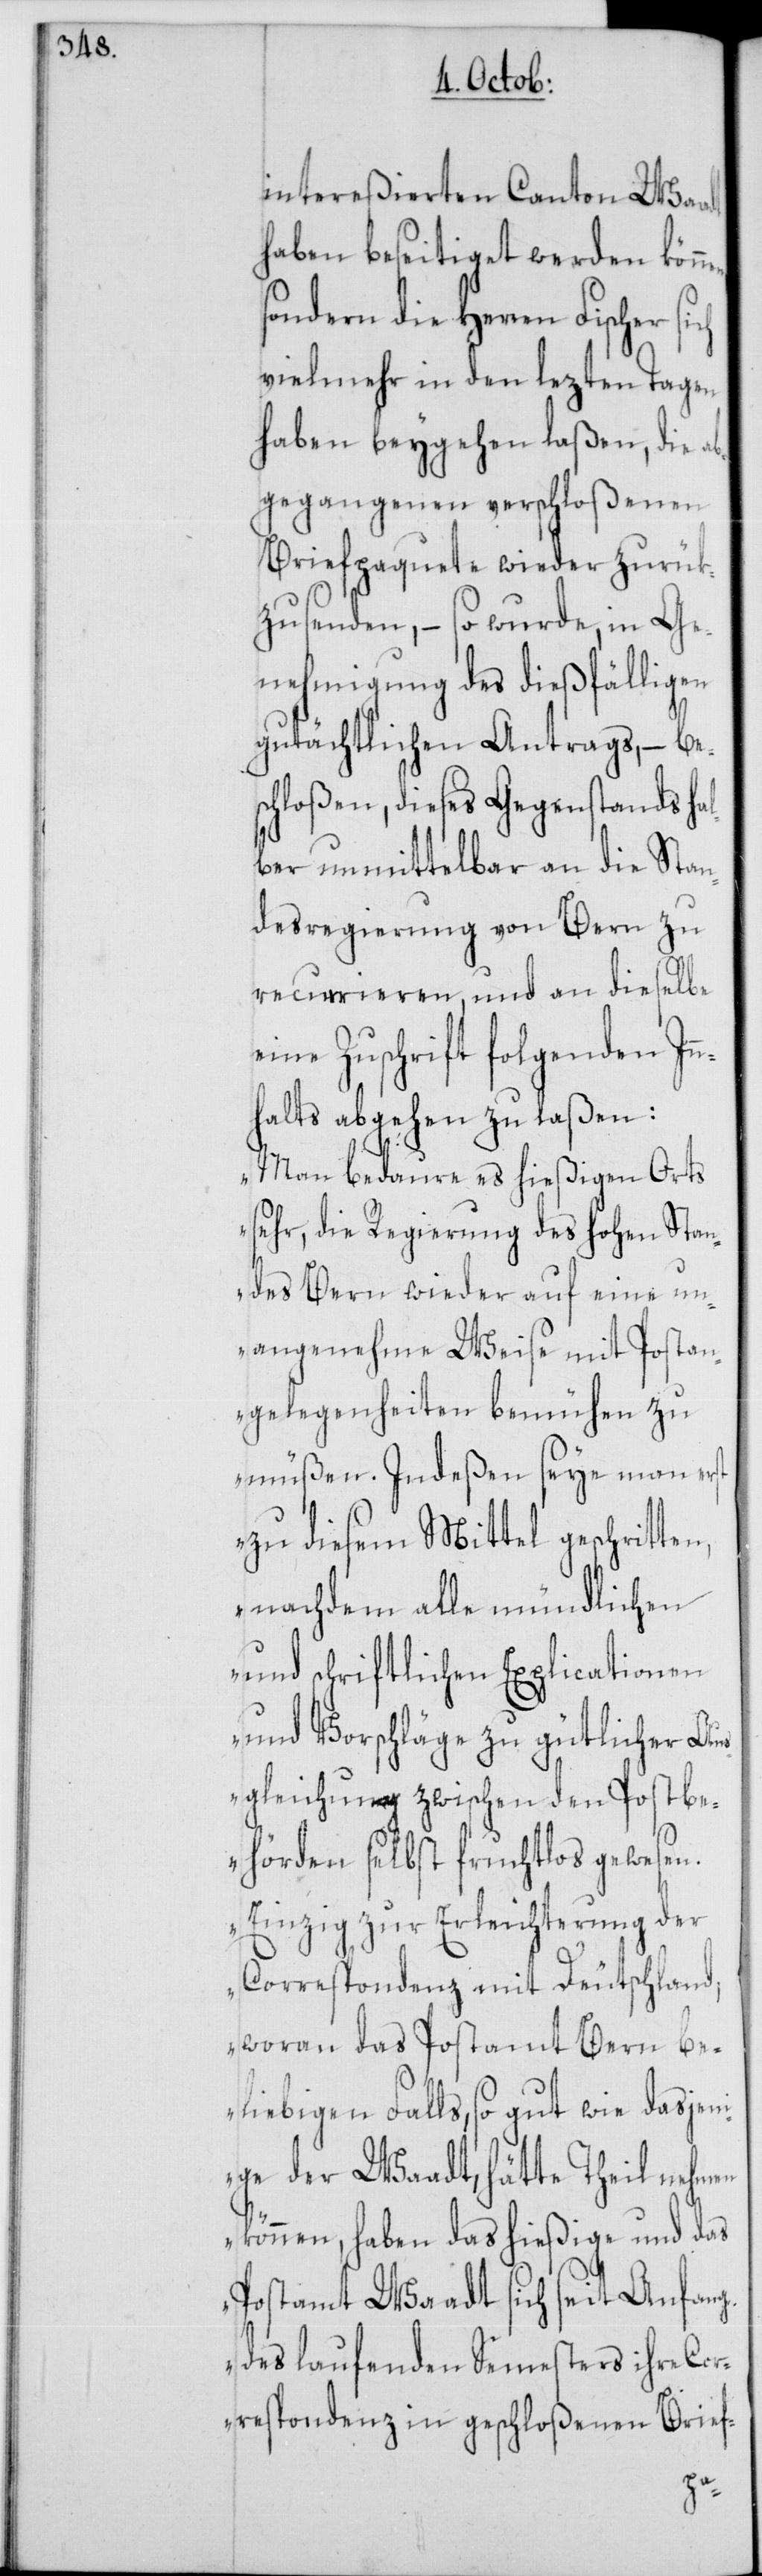
intereßierten Canton Waadt
haben beseitiget werden könn¬
sondern die Herren Fischer si¬
vielmehr in den lezten Tagen
haben beygehen laßen, die ab¬
gegangenen verschloßenen
Briefpaquete wieder zurük¬
zusenden, – so wurde, in Ge¬
nehmigung des dießfälligen
gutächtlichen Antrags, – be¬
schloßen, dieses Gegenstands hal¬
ber unmittelbar an die Stan¬
desregierung von Bern zu
recurrieren, und an dieselbe
eine Zuschrift folgenden In¬
halts abgehen zu laßen:
„Man bedaure es hießigen Orts
sehr, die Regierung des hohen Stan¬
des Bern wieder auf eine un¬
angenehme Weise mit Postan¬
gelegenheiten bemühen zu
müßen. Indeßen seye man erst
zu diesem Mittel geschritten,
nachdem alle mündlichen
und schriftlichen Explicationen
und Vorschläge zu gütlicher Au¬
sgleichung zwischen den Postbe¬
hörden selbst fruchtlos gewesen.
Einzig zur Erleichterung der
Correspondenz mit Deutschland,
woran das Postamt Bern be¬
liebigen Falls, so gut wie dasjen¬
ige der Waadt, hätte Theil nehmen
können, haben das hießige und das
Postamt Waadt sich seit Anfang
des laufenden Semesters ihre Cor¬
respondenz in geschloßenen Brief-
n¬